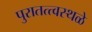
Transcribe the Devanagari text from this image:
पुरातत्त्वस्थळे